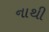
નાથી